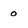
Character: 0